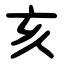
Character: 亥